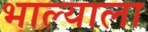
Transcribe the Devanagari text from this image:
भाल्याला